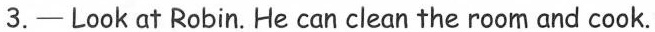
3.—Look at Robin. He can clean the room and cook.